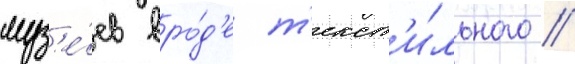
муз'е́ев вро́д'е т'екст'и́льного //